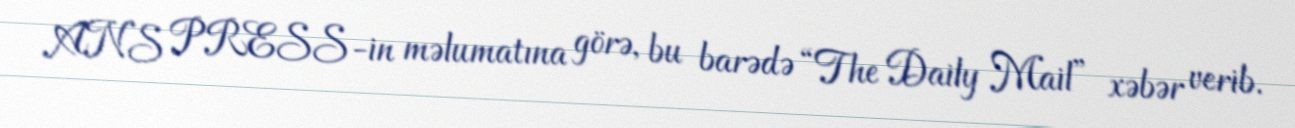
ANS PRESS-in məlumatına görə, bu barədə “The Daily Mail” xəbər verib.